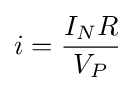
i={\frac {I_{N}R}{V_{P}}}